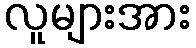
လူများအား